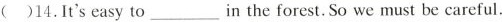
( )14.It'seasy to___in the forest.So we must be careful.